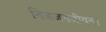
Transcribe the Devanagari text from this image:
निजजनजीवन।